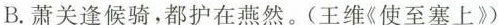
B.萧关逢候骑，都护在燕然。(王维《使至塞上》